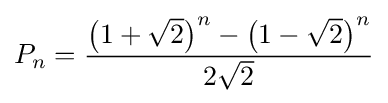
P_{n}={\frac {\left(1+{\sqrt {2}}\right)^{n}-\left(1-{\sqrt {2}}\right)^{n}}{2{\sqrt {2}}}}